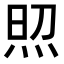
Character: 𤈌